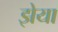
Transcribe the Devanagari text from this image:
झेया